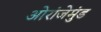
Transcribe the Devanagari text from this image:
ओरांजेमुंड